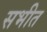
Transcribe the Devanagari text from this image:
सभीत